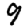
Digit: 9